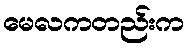
မေလကတည်းက